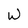
Character: W